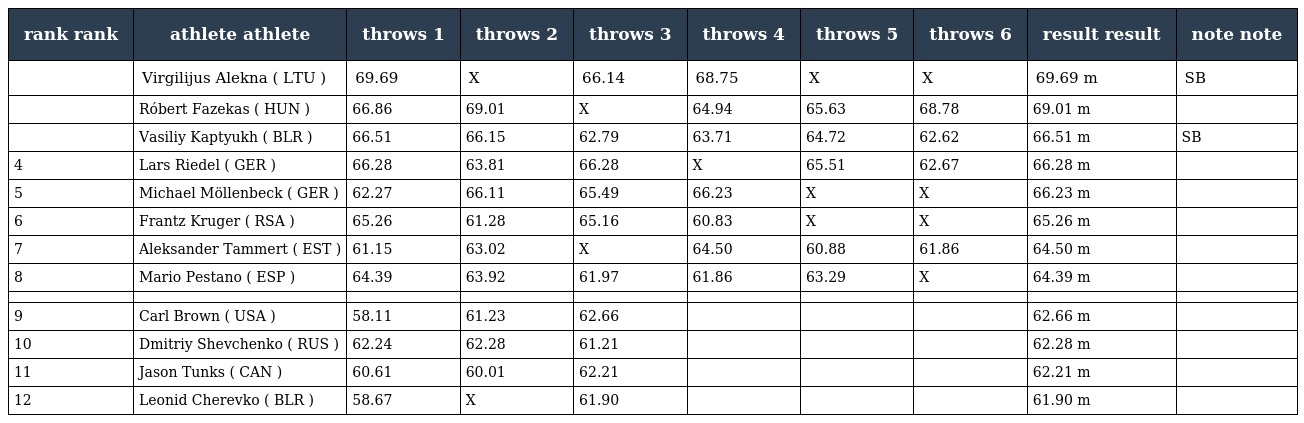
| rank rank | athlete athlete | throws 1 | throws 2 | throws 3 | throws 4 | throws 5 | throws 6 | result result | note note |
 | --- | --- | --- | --- | --- | --- | --- | --- | --- | --- |
 |  | Virgilijus Alekna ( LTU ) | 69.69 | X | 66.14 | 68.75 | X | X | 69.69 m | SB |
 |  | Róbert Fazekas ( HUN ) | 66.86 | 69.01 | X | 64.94 | 65.63 | 68.78 | 69.01 m |  |
 |  | Vasiliy Kaptyukh ( BLR ) | 66.51 | 66.15 | 62.79 | 63.71 | 64.72 | 62.62 | 66.51 m | SB |
 | 4 | Lars Riedel ( GER ) | 66.28 | 63.81 | 66.28 | X | 65.51 | 62.67 | 66.28 m |  |
 | 5 | Michael Möllenbeck ( GER ) | 62.27 | 66.11 | 65.49 | 66.23 | X | X | 66.23 m |  |
 | 6 | Frantz Kruger ( RSA ) | 65.26 | 61.28 | 65.16 | 60.83 | X | X | 65.26 m |  |
 | 7 | Aleksander Tammert ( EST ) | 61.15 | 63.02 | X | 64.50 | 60.88 | 61.86 | 64.50 m |  |
 | 8 | Mario Pestano ( ESP ) | 64.39 | 63.92 | 61.97 | 61.86 | 63.29 | X | 64.39 m |  |
 |  |  |  |  |  |  |  |  |  |  |
 | 9 | Carl Brown ( USA ) | 58.11 | 61.23 | 62.66 |  |  |  | 62.66 m |  |
 | 10 | Dmitriy Shevchenko ( RUS ) | 62.24 | 62.28 | 61.21 |  |  |  | 62.28 m |  |
 | 11 | Jason Tunks ( CAN ) | 60.61 | 60.01 | 62.21 |  |  |  | 62.21 m |  |
 | 12 | Leonid Cherevko ( BLR ) | 58.67 | X | 61.90 |  |  |  | 61.90 m |  |